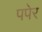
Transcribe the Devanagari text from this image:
पपेर